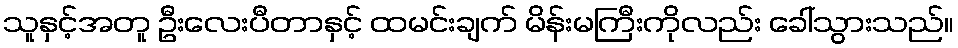
သူနှင့်အတူ ဦးလေးပီတာနှင့် ထမင်းချက် မိန်းမကြီးကိုလည်း ခေါ်သွားသည်။